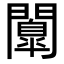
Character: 𮤤